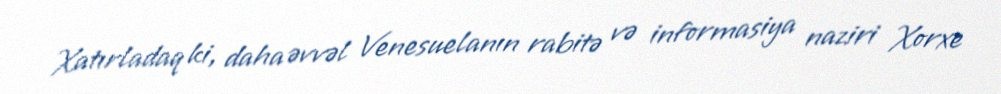
Xatırladaq ki, daha əvvəl Venesuelanın rabitə və informasiya naziri Xorxe